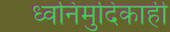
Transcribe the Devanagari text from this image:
ध्वनिमुदिकाही